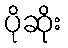
ပိုဆိုး